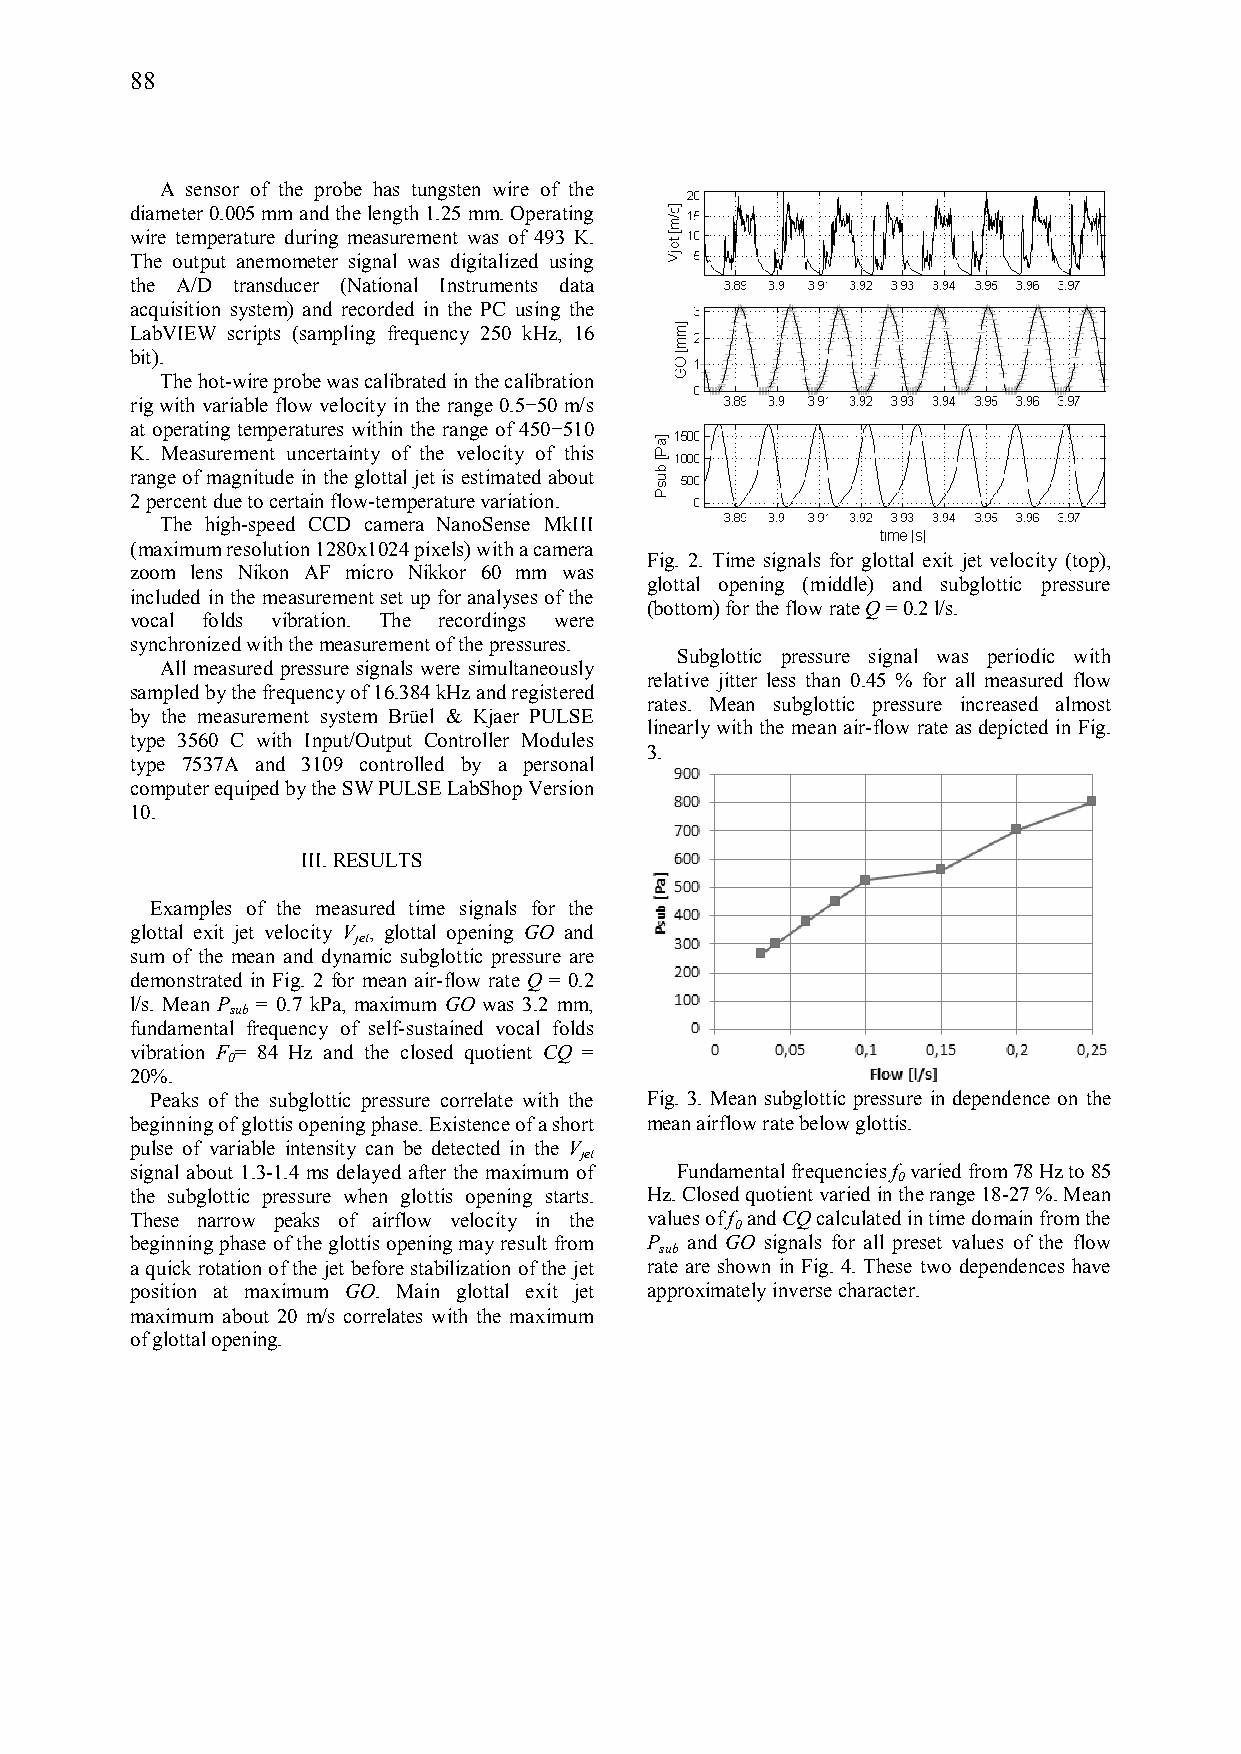
88
 A sensor of the probe has tungsten wire of the
 diameter 0.005 mm and the length 1.25 mm. Operating
 wire temperature during measurement was of 493 K.
 The output anemometer signal was digitalized using
 the A/D transducer (National Instruments data
 acquisition system) and recorded in the PC using the
 LabVIEW scripts (sampling frequency 250 kHz, 16
 bit).
 The hot-wire probe was calibrated in the calibration
 rig with variable flow velocity in the range 0.5−50 m/s
 at operating temperatures within the range of 450−510
 K. Measurement uncertainty of the velocity of this
 range of magnitude in the glottal jet is estimated about
 2 percent due to certain flow-temperature variation.
 The high-speed CCD camera NanoSense MkIII
 (maximum resolution 1280x1024 pixels) with a camera
 Fig. 2. Time signals for glottal exit jet velocity (top),
 zoom lens Nikon AF micro Nikkor 60 mm was
 glottal opening (middle) and subglottic pressure
 included in the measurement set up for analyses of the
 (bottom) for the flow rate Q = 0.2 l/s.
 vocal folds vibration. The recordings were
 synchronized with the measurement of the pressures.
 Subglottic pressure signal was periodic with
 All measured pressure signals were simultaneously
 relative jitter less than 0.45 % for all measured flow
 sampled by the frequency of 16.384 kHz and registered
 rates. Mean subglottic pressure increased almost
 by the measurement system Brüel & Kjaer PULSE
 linearly with the mean air-flow rate as depicted in Fig.
 type 3560 C with Input/Output Controller Modules
 3.
 type 7537A and 3109 controlled by a personal
 computer equiped by the SW PULSE LabShop Version
 10.
 III.RESULTS
 Examples of the measured time signals for the
 glottal exit jet velocity V , glottal opening GO and
 jet
 sum of the mean and dynamic subglottic pressure are
 demonstrated in Fig. 2 for mean air-flow rate Q = 0.2
 l/s. Mean P = 0.7 kPa, maximum GO was 3.2 mm,
 sub
 fundamental frequency of self-sustained vocal folds
 vibration F = 84 Hz and the closed quotient CQ =
 0
 20%.
 Peaks of the subglottic pressure correlate with the Fig. 3. Mean subglottic pressure in dependence on the
 beginning of glottis opening phase. Existence of a short mean airflow rate below glottis.
 pulse of variable intensity can be detected in the V
 jet
 signal about 1.3-1.4 ms delayed after the maximum of Fundamental frequencies f 0 varied from 78 Hz to 85
 the subglottic pressure when glottis opening starts. Hz. Closed quotient varied in the range 18-27 %. Mean
 These narrow peaks of airflow velocity in the values of f 0 and CQ calculated in time domain from the
 beginning phase of the glottis opening may result from P sub and GO signals for all preset values of the flow
 a quick rotation of the jet before stabilization of the jet rate are shown in Fig. 4. These two dependences have
 position at maximum GO. Main glottal exit jet approximately inverse character.
 maximum about 20 m/s correlates with the maximum
 of glottal opening.